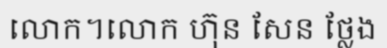
លោក។លោក ហ៊ុន សែន ថ្លែង